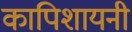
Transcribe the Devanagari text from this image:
कापिशायनी